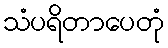
သံပရိတာပေတုံ